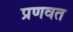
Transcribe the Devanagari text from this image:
प्रणवत